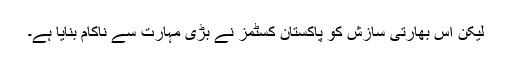
لیکن اس بھارتی سازش کو پاکستان کسٹمز نے بڑی مہارت سے ناکام بنایا ہے۔